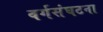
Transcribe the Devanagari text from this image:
वर्गसंघटना